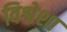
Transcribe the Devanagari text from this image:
विश्वेशा